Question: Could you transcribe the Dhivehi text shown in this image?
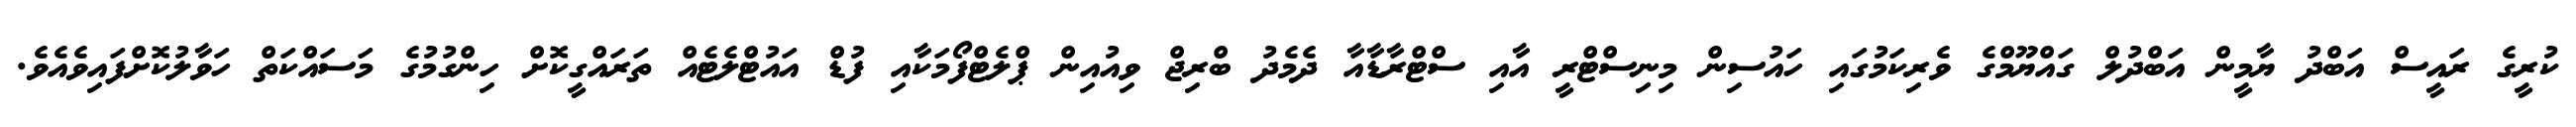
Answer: ކުރީގެ ރައީސް އަބްދު ޔާމީން އަބްދުލް ގައްޔޫމްގެ ވެރިކަމުގައި ހައުސިން މިނިސްޓްރީ އާއި ސްޓްރާޑާއާ ދެމެދު ބްރިޖް ވިއުއިން ޕްލެޓްފޯމަކާއި ފުޑް އައުޓްލެޓެއް ތަރައްގީކޮށް ހިންގުމުގެ މަސައްކަތް ހަވާލުކޮށްފައިވެއެވެ.